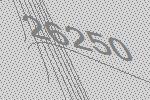
26250